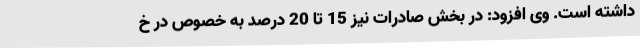
داشته است. وی افزود: در بخش صادرات نیز 15 تا 20 درصد به خصوص در خ